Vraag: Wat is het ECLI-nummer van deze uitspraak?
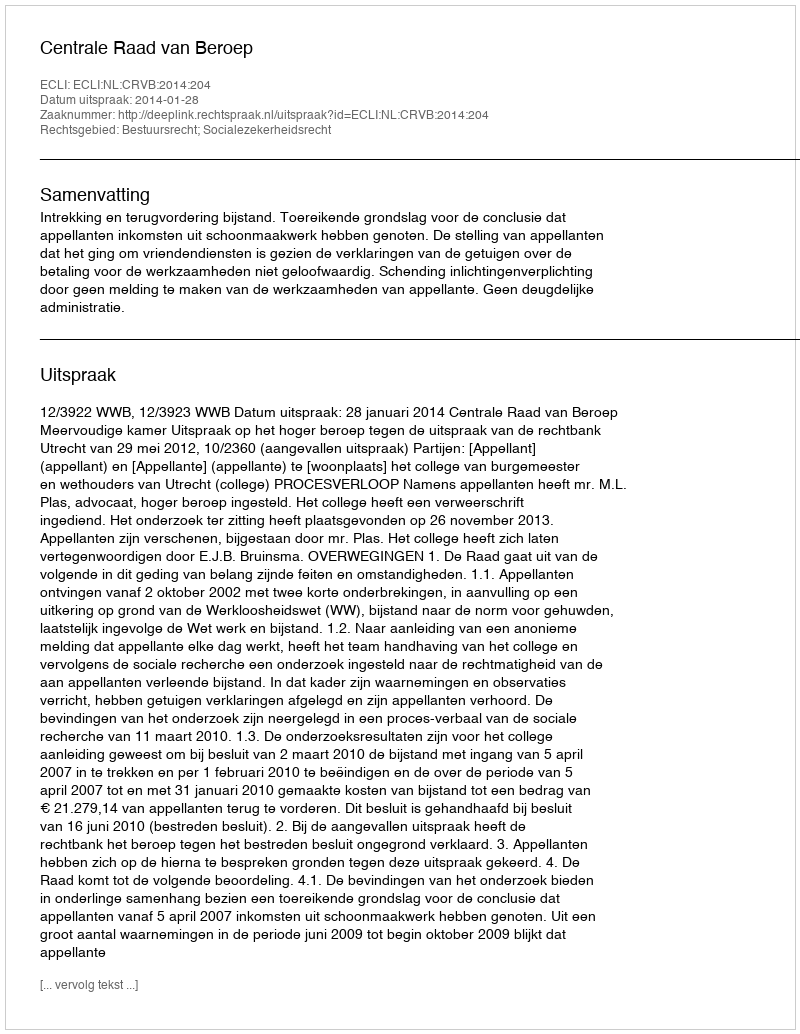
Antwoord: ECLI:NL:CRVB:2014:204